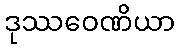
ဒုဿဝေဏိယာ